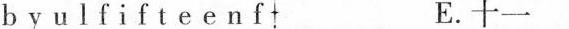
b y u l f i f t e e n f E.十一